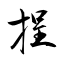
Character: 挰